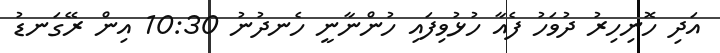
އަދި ހޮނިހިރު ދުވަހު ފެއާ ހުޅުވިފައި ހުންނާނީ ހެނދުނު 10:30 އިން ރޭގަނޑު